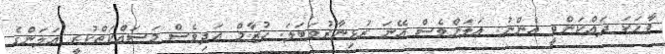
ވާހަކަ ދައްކަންވީ އެންނު. އަލަންވެސް އޭނަ ރުޅިނާރުވަބަލަ. ހުޒާމް އަދިވެސް މަސައްކަތްކުރީ އަލަންގެ